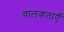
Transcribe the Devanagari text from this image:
चालकताएँ